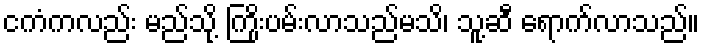
ငကံကလည်း မည်သို့ ကြိုးပမ်းလာသည်မသိ၊ သူ့ဆီ ရောက်လာသည်။